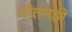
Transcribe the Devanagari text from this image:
गौतमही